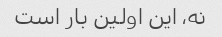
نه، این اولین بار است